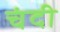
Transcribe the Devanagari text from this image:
चंदी